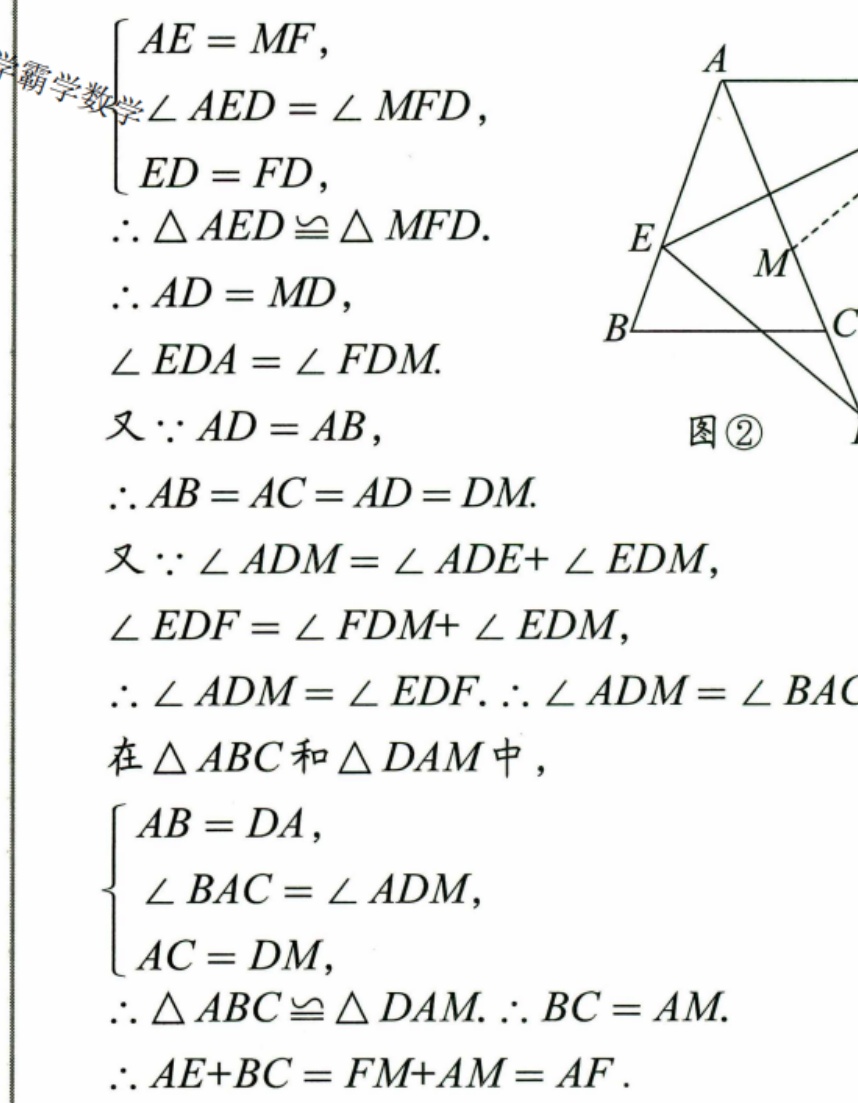
\(\begin{cases}
AE = MF,\\
\angle AED=\angle MFD,\\
ED = FD,
\end{cases}\)
\(\therefore \triangle AED\cong\triangle MFD.\)
\(\therefore AD = MD\)，
\(\angle EDA=\angle FDM.\)
又\(\because AD = AB\)，
\(\therefore AB = AC = AD = DM.\)
又\(\because \angle ADM=\angle ADE+\angle EDM\)，
\(\angle EDF=\angle FDM+\angle EDM\)，
\(\therefore \angle ADM=\angle EDF.\therefore \angle ADM=\angle BAC\)
在\(\triangle ABC\)和\(\triangle DAM\)中，
\(\begin{cases}
AB = DA,\\
\angle BAC=\angle ADM,\\
AC = DM,
\end{cases}\)
\(\therefore \triangle ABC\cong\triangle DAM.\therefore BC = AM.\)
\(\therefore AE + BC=FM + AM = AF.\)